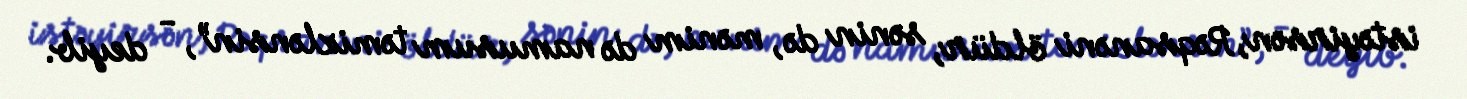
istəyirsən, Rəqsanəni öldür, sənin də, mənim də namusum təmizlənsin”, - deyib.